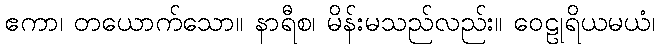
ဧကာ၊ တယောက်သော။ နာရီစ၊ မိန်းမသည်လည်း။ ဝေဠုရိယမယံ၊